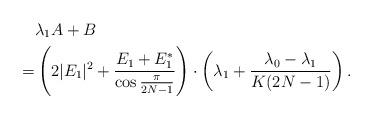
LaTeX: \begin{align*} & \lambda_1 A+B\\ = & \left ( 2 |E_1|^2+ \frac{E_1+E^*_1}{\cos \frac{\pi}{2N-1}} \right ) \cdot \left ( \lambda_1 + \frac{\lambda_0-\lambda_1}{K(2N-1)}\right ).\end{align*}